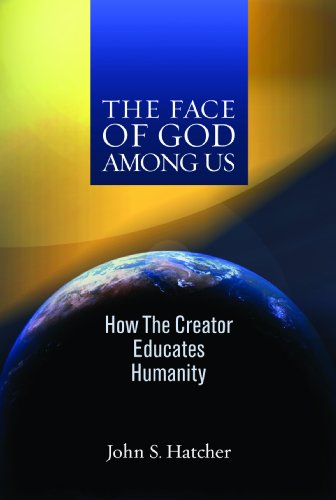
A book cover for The Face of God Among Us: How the Creator Educates Humanity; John S. Hatcher; Religion & Spirituality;